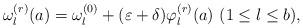
LaTeX: \begin{align*}\omega_l^{(r)}(a)=\omega_l^{(0)}+(\varepsilon+\delta)\varphi_l^{(r)}(a) \ (1\leq l\leq b),\end{align*}